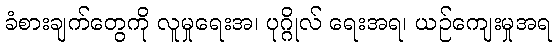
ခံစားချက်တွေကို လူမှုရေးအ၊ ပုဂ္ဂိုလ် ရေးအရ၊ ယဉ်ကျေးမှုအရ